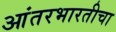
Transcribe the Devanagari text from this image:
आंतरभारतीचा